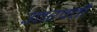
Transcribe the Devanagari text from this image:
उत्तरवर्त्ती